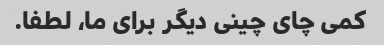
کمی چای چینی دیگر برای ما، لطفا.